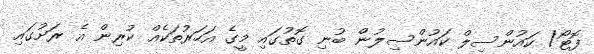
ފޮޓޯ/ ކައުންސިލް ކައުންސިލުން ބުނި ގޮތުގައި މީގެ އަހަރުތަކެއް ކުރިން އެ ރަށުގައި